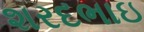
શરદભાઇ